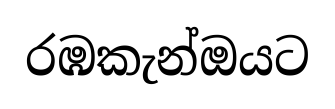
රඹකැන්ඔයට